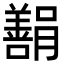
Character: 𬙿